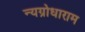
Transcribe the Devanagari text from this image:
न्यग्रोधाराम